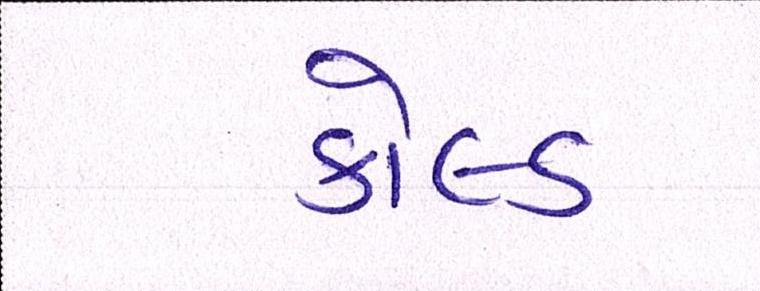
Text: કોલ્ડ